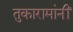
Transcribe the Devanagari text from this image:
तुकारामांनीं